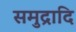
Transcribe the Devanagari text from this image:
समुद्रादि